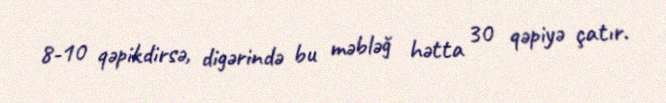
8-10 qəpikdirsə, digərində bu məbləğ hətta 30 qəpiyə çatır.